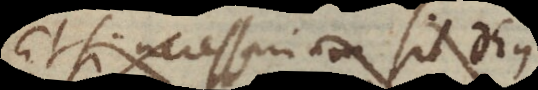
Etsi necessarium sit Deus